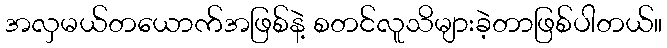
အလှမယ်တယောက်အဖြစ်နဲ့ စတင်လူသိများခဲ့တာဖြစ်ပါတယ်။